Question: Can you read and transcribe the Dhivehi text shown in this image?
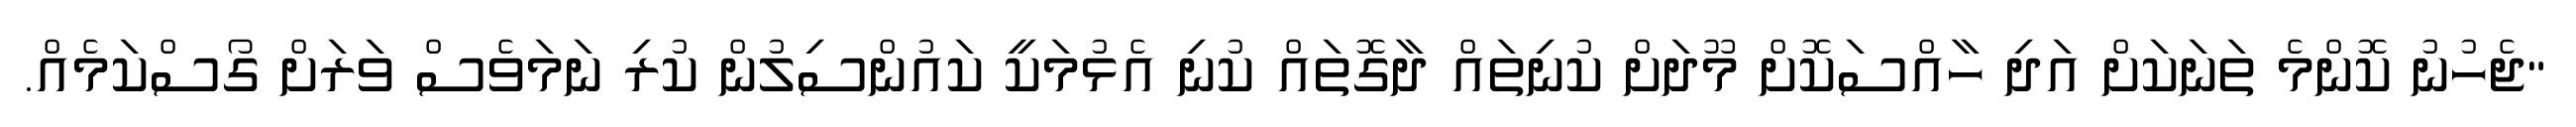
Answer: "ޖެހުނު ކޮންމެ ތަނަކަށް އަދި ހާއްސަކޮށް މޫދަށް ކުނިތައް ދާގޮތައް ކުނި އެޅުމަކީ ކައުންސިލުން ކުރި ނަމަވެސް ވަރަށް ގޯސްކަމެއް.